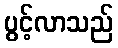
ပွင့်လာသည်